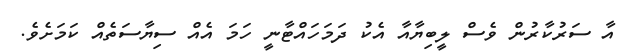
އާ ސަރުކާރުން ވެސް ލީބިޔާއާ އެކު ދަމަހައްޓާނީ ހަމަ އެއް ސިޔާސަތެއް ކަމަށެވެ.